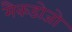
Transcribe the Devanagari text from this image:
मैकडोजो